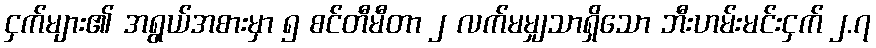
ငှက်များ၏ အရွယ်အစားမှာ ၅ စင်တီမီတာ ၂ လက်မမျှသာရှိသော ဘီးဟမ်းမင်းငှက် ၂.၇